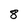
Character: 8